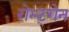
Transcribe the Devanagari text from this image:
रोन्ट्गेेन